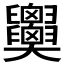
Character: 𦧂